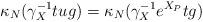
LaTeX: \begin{align*}\displaystyle \kappa_N(\gamma_X^{-1}tug)=\kappa_N(\gamma_X^{-1}e^{X_P}tg)\end{align*}